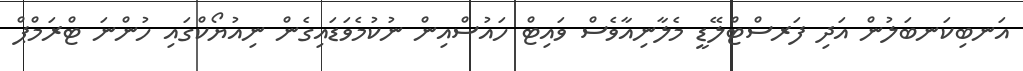
އަނބިކަނބަލުން އަދި ފަރސްޓްލޭޑީ މެލާނިއާވެސް ވައިޓް ހައުސްއިން ނުކުމެވަޑައިގެން ނިއުޔޯކްގައި ހުންނަ ޓްރަމްޕް